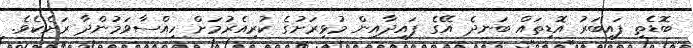
ބޮޑެތި ފައިބަރު އޮޑިތައް ބަނދެ އޭގެ ފައިދާއިން މުޅިރަށުގެ ކުރިއެރުމަށް ހިއްސާވަމުންދާ ރަށެކެވެ.